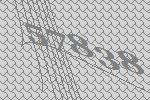
57838